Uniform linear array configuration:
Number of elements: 64
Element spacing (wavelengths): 1
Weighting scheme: hamming
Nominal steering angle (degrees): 15
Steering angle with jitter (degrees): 13.522
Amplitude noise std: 0.05
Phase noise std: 0.05

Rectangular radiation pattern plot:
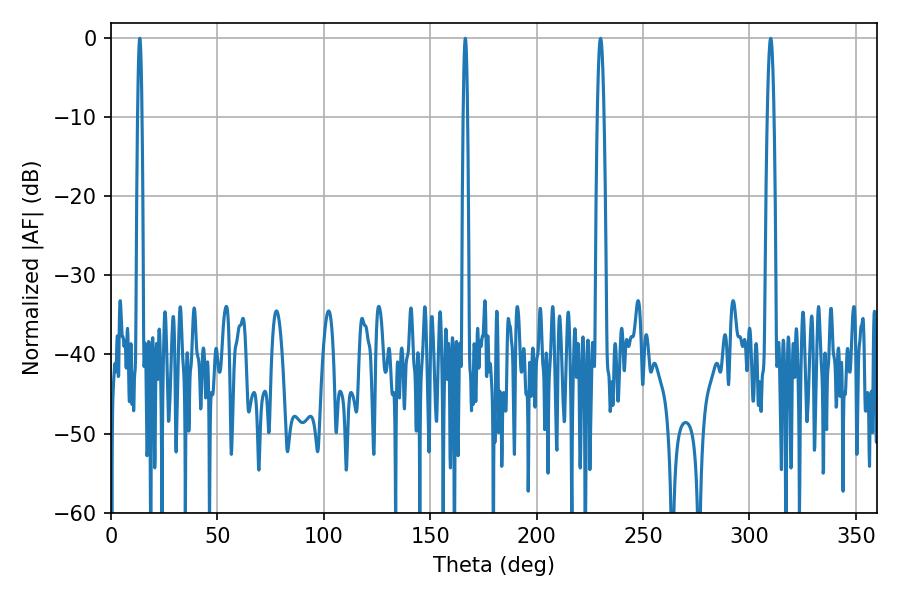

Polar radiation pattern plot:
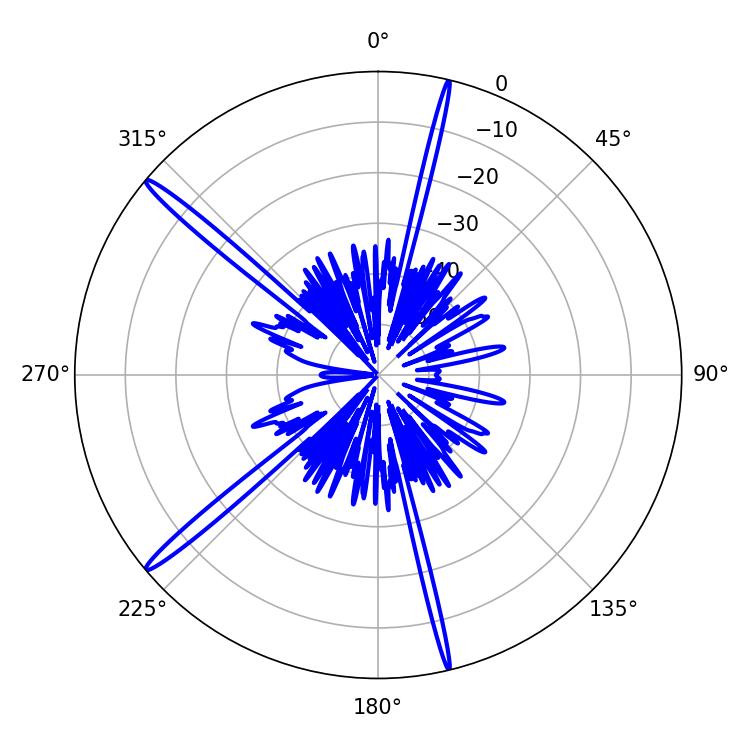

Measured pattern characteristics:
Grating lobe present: TRUE
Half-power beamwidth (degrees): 1.8
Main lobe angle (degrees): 309.96